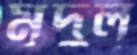
মৃদুল